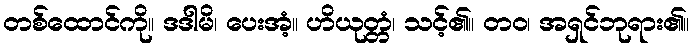
တစ်ထောင်ကို။ ဒဒါမိ၊ ပေးအံ့။ ဟိယုတ္တံ၊ သင့်၏။ တဝ၊ အရှင်ဘုရား၏။